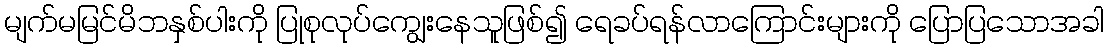
မျက်မမြင်မိဘနှစ်ပါးကို ပြုစုလုပ်ကျွေးနေသူဖြစ်၍ ရေခပ်ရန်လာကြောင်းများကို ပြောပြသောအခါ